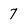
Character: 7